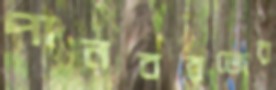
পানবরজের